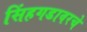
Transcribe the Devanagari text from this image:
सिंहगडावरचे